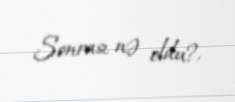
Sonrası nə oldu?.